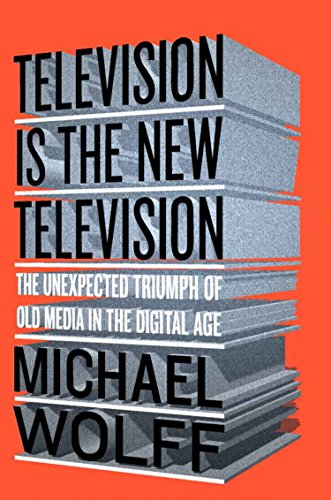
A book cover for Television Is the New Television: The Unexpected Triumph of Old Media In the Digital Age; Michael Wolff; Humor & Entertainment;